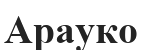
Арауко